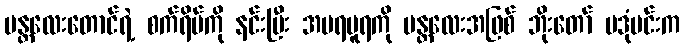
မန္တလေးတောင်ရဲ့ စက်ရိပ်ကို နင်းပြီး အမရပူရကို မန္တလေးအဖြစ် ဘိုးတော် ဗဒုံမင်းက